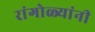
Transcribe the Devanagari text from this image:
रांगोळ्यांनी